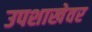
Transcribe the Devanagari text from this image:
उपशाखेवर